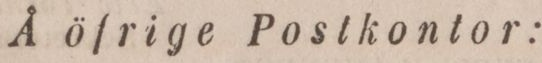
Å öfrige Postkontor: